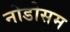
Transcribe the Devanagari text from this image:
नोडोसम